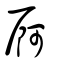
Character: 屙